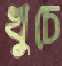
খুচে